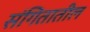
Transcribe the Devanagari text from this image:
संगितातील